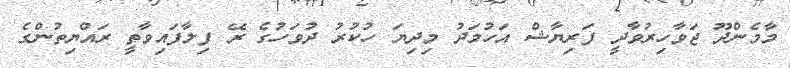
މާމެންދޫ ޖަވާހިރުވާދީ ފަރިޔާޝް އަހުމަދު މިދިޔަ ހުކުރު ދުވަހުގެ ރޭ ފިލާފައިވާތީ ރައްޔިތުންގެ